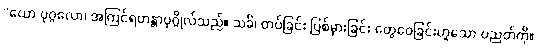
“ယော ပုဂ္ဂလော၊ အကြင်ရဟန္တာပုဂ္ဂိုလ်သည်။ သင်္ခံ၊ တပ်ခြင်း ပြစ်မှားခြင်း တွေဝေခြင်းဟူသော ပညတ်ကို။